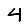
Digit: 4